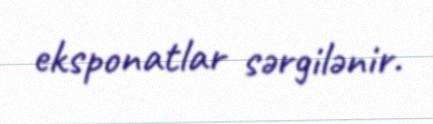
eksponatlar sərgilənir.